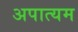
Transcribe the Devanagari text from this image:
अपात्यम